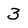
Character: 3